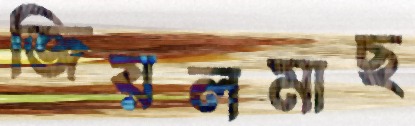
জিয়লমাছ